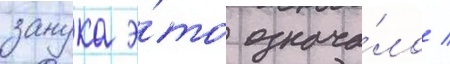
занука э́то означа́ло /